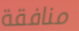
منافقة